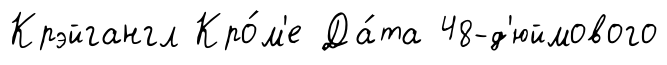
Крэйгангл Кро́м'е Да́та 48-д'юймового